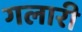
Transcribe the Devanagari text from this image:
गलारी